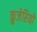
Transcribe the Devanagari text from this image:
क्रुजेरियो